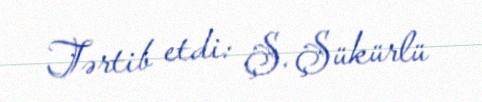
Tərtib etdi: Ş. Şükürlü